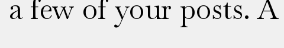
a few of your posts. A